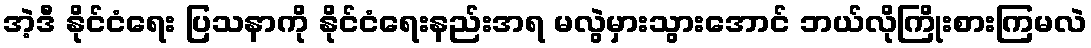
အဲ့ဒီ နိုင်ငံရေး ပြသနာကို နိုင်ငံရေးနည်းအရ မလွဲမှားသွားအောင် ဘယ်လိုကြိုးစားကြမလဲ